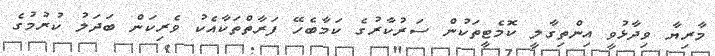
މާރިޔާ ވިދާޅުވީ އިންތިގާލީ ކޮމެޓީތަކުން ސަރުކާރުގެ ކަމާބެހޭ ފަރާތްތަކާއެކު ވެރިކަން ބަދަލު ކުރުމުގެ